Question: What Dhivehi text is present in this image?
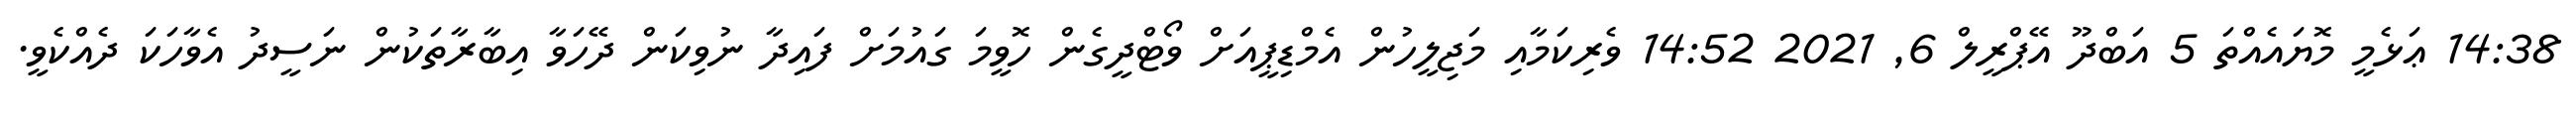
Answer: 14:38 ޢަޅެމީ މޮޔައެއްތަ 5 އަބްދޫ އޭޕްރީލް 6, 2021 14:52 ވެރިކަމާއި މަޖިލީހުން އެމްޑިޕީއަށް ވޯޓްދީގެން ހޮވީމަ ގައުމަށް ފައިދާ ނުވިކަން ދޭހަވާ އިބާރާތަކުން ނަސީދު އެވާހަކަ ދެއްކެވީ.